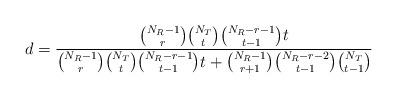
LaTeX: \begin{align*}d = \frac{\binom{N_R-1}{r}\binom{N_T}{t}\binom{N_R-r-1}{t-1}t}{\binom{N_R-1}{r}\binom{N_T}{t}\binom{N_R-r-1}{t-1}t+\binom{N_R-1}{r+1}\binom{N_R-r-2}{t-1}\binom{N_T}{t-1}}\end{align*}